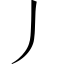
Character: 丿